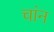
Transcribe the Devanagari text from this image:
चांन